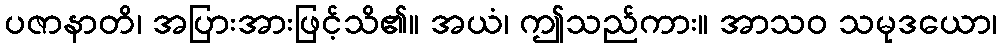
ပဇာနာတိ၊ အပြားအားဖြင့်သိ၏။ အယံ၊ ဤသည်ကား။ အာသဝ သမုဒယော၊